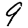
Digit: 9